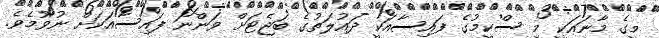
މީގެ މާނައަކީ މި ސްކީމުގެ ފައިސާއަކީ ދައުލަތުގެ ބަޖެޓަށް ވަންނަ ފައިސާއަކަށް ނުވުމެވެ.